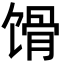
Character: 馉